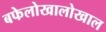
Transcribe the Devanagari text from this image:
बफेलोखालोखाल